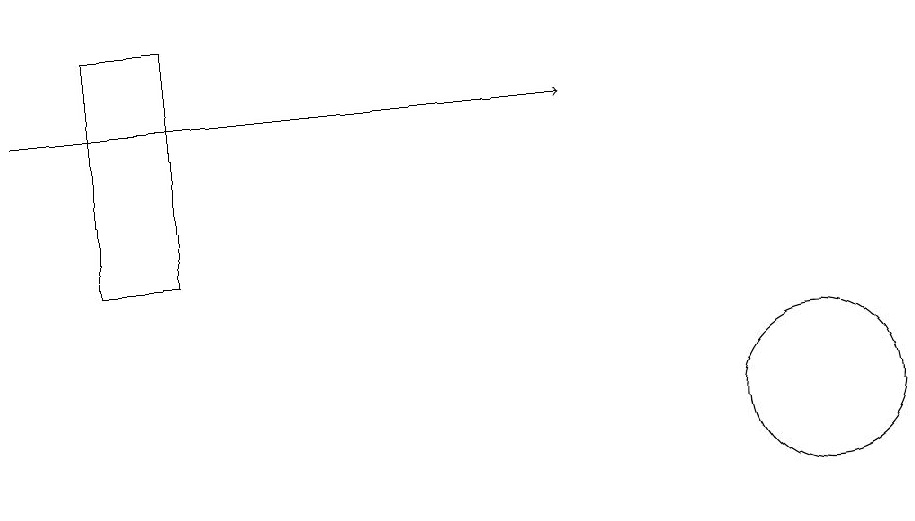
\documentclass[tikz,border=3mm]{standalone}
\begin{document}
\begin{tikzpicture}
\draw (2,17) rectangle (3,14);
\draw[->] (1,16) -- (8,16);
\draw (11,12) circle (1);
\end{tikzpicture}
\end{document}